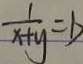
\frac { 1 } { x + y } = b